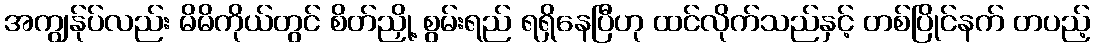
အကျွန်ုပ်လည်း မိမိကိုယ်တွင် စိတ်ညှို့ စွမ်းရည် ရရှိနေပြီဟု ထင်လိုက်သည်နှင့် တစ်ပြိုင်နက် တပည့်